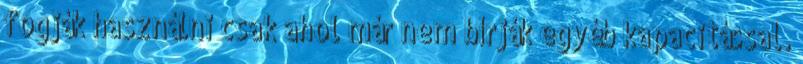
fogják használni csak ahol már nem bírják egyéb kapacitással.